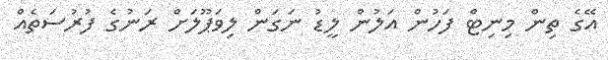
އޭގެ ތިން މިނިޓް ފަހުން އަލުން ލީޑު ނަގަން ލިވަޕޫލަށް ރަނުގެ ފުރުސަތެއް